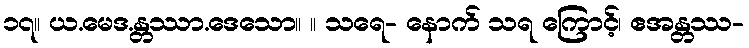
၁၇။ ယ.မေဒ.န္တဿာ.ဒေသော။ ။ သရေ- နောက် သရ ကြောင့်၊ ဧအန္တဿ-